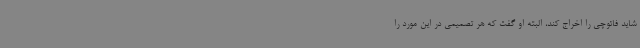
شاید فائوچی را اخراج کند، البته او گفت که هر تصمیمی در این مورد را